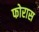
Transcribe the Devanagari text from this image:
फोरास